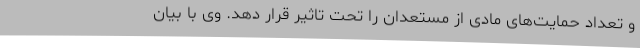
و تعداد حمایت‌های مادی از مستعدان را تحت تاثیر قرار دهد. وی با بیان